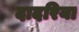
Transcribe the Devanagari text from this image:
दादरिया